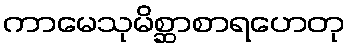
ကာမေသုမိစ္ဆာစာရဟေတု